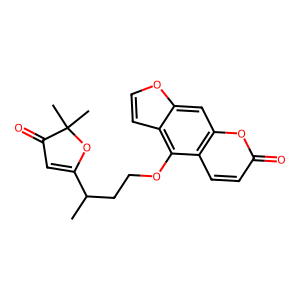
SMILES: CC(CCOc1c2ccoc2cc2oc(=O)ccc12)C1=CC(=O)C(C)(C)O1
Inhibits HIV replication: No